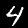
Digit: 4